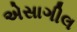
એસાગીલ